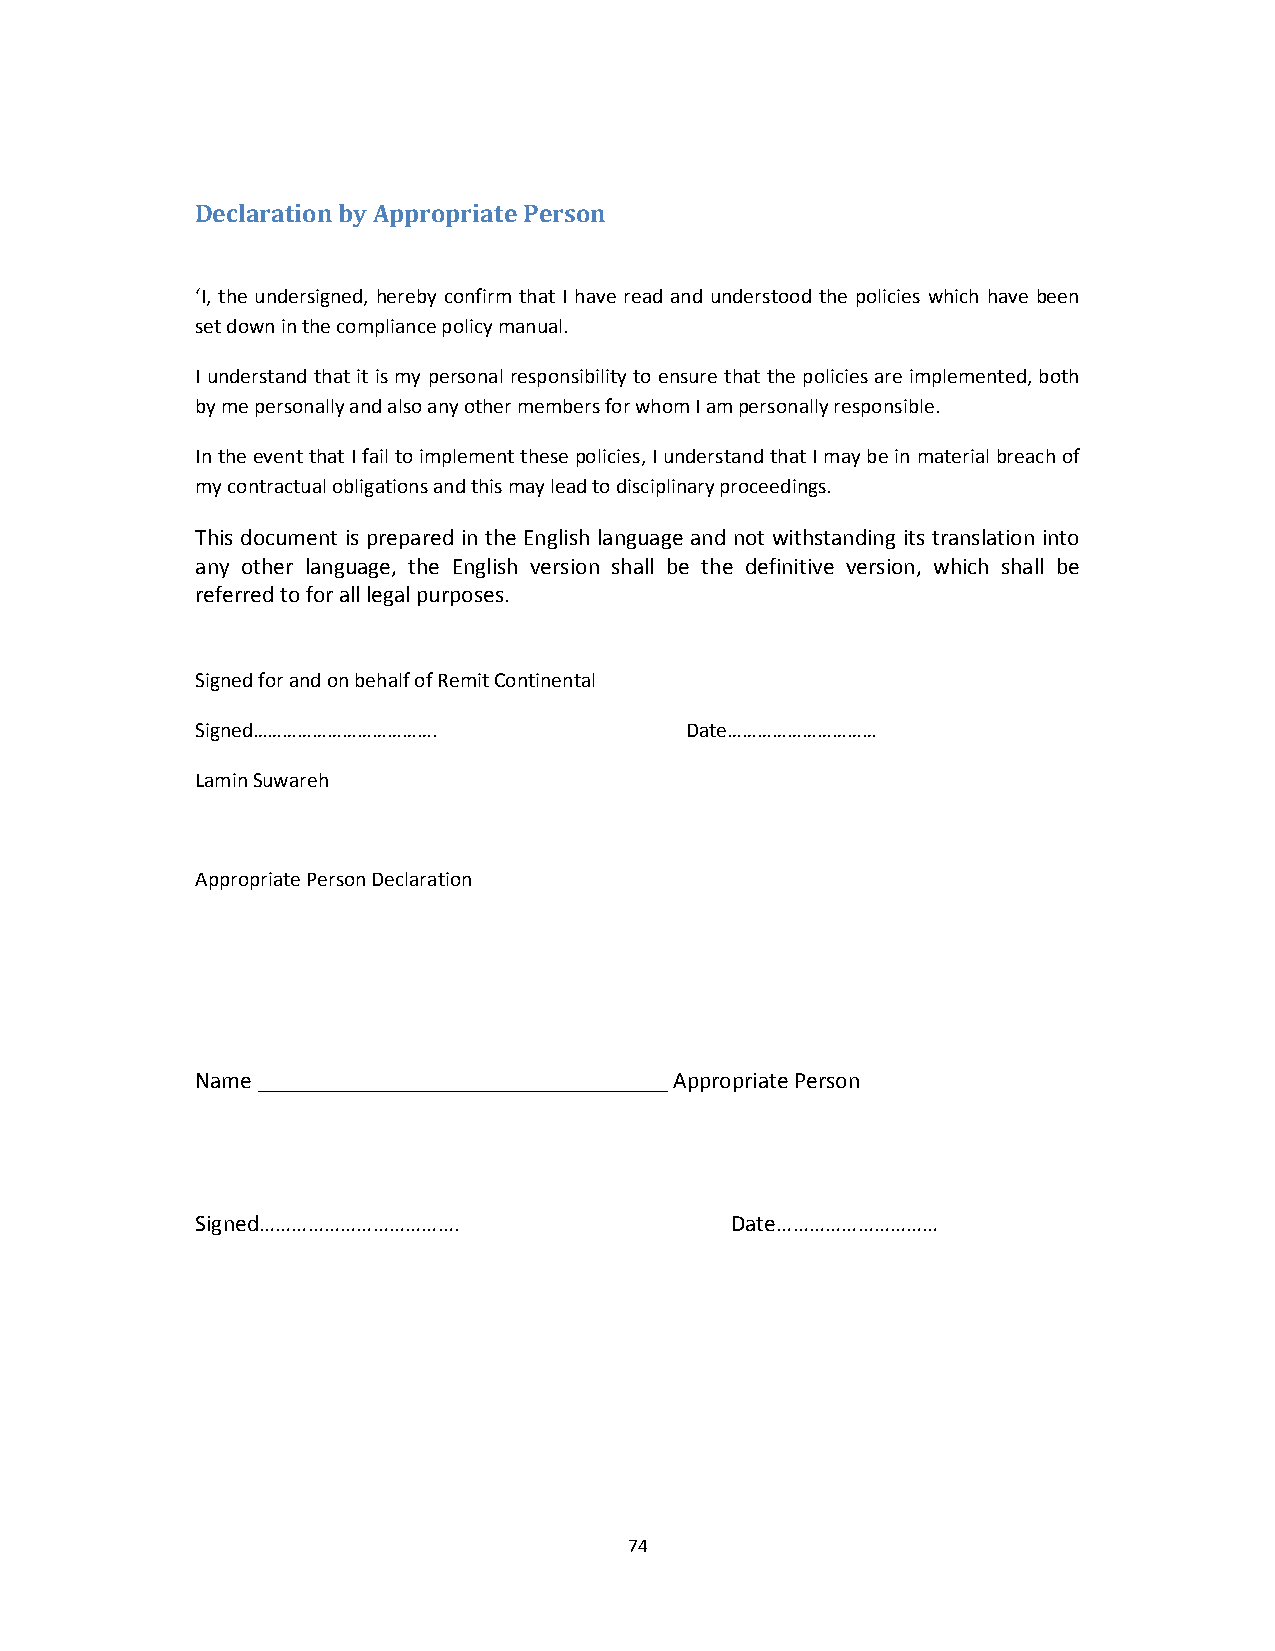
Declaration by Appropriate Person
 ‘I, the undersigned, hereby confirm that I have read and understood the policies which have been
 set down in the compliance policy manual.
 I understand that it is my personal responsibility to ensure that the policies are implemented, both
 by me personally and also any other members for whom I am personally responsible.
 In the event that I fail to implement these policies, I understand that I may be in material breach of
 my contractual obligations and this may lead to disciplinary proceedings.
 This document is prepared in the English language and not withstanding its translation into
 any other language, the English version shall be the definitive version, which shall be
 referred to for all legal purposes.
 Signed for and on behalf of Remit Continental
 Signed……………………………….             Date…………………………
 Lamin Suwareh
 Appropriate Person Declaration
 Name ___________________________________ Appropriate Person
 Signed……………………………….                Date…………………………
 74